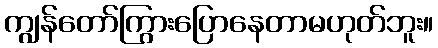
ကျွန်တော်ကြွားပြောနေတာမဟုတ်ဘူး။